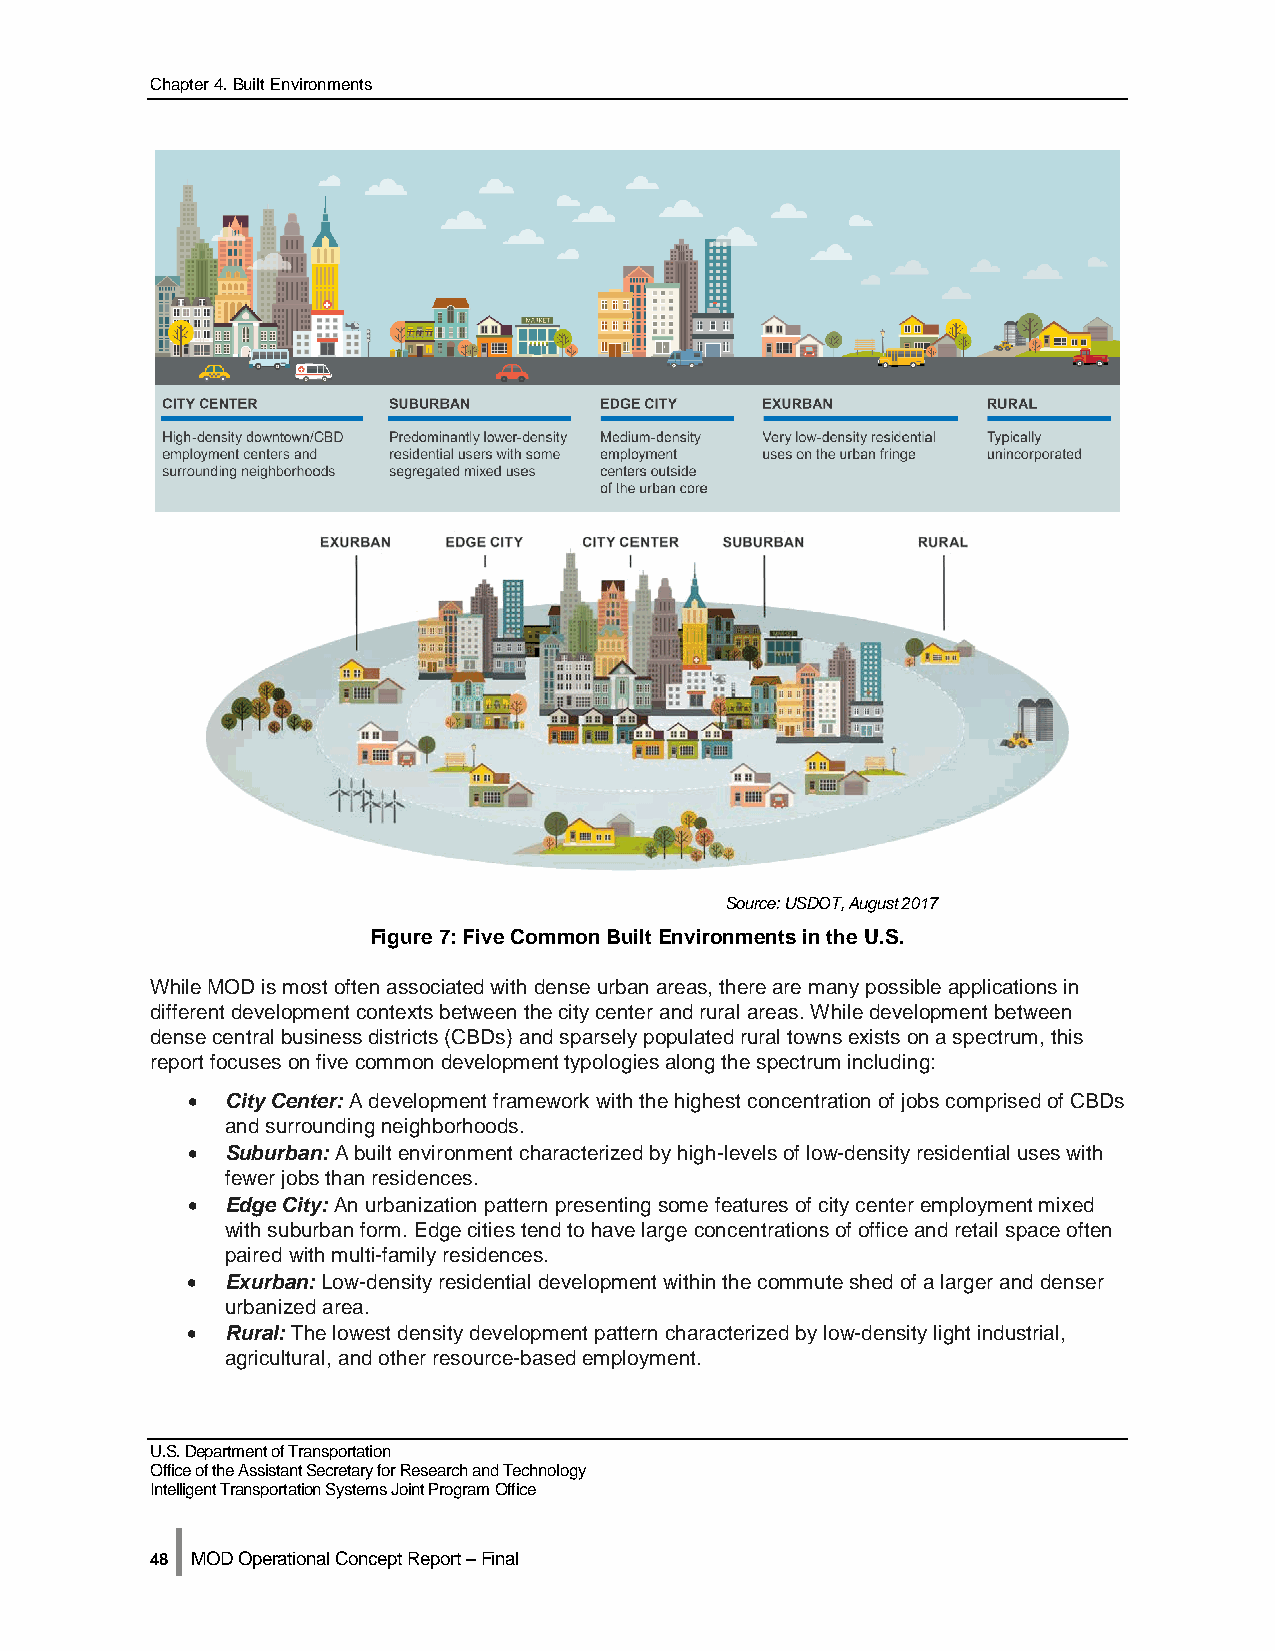
Chapter 4. Built Environments
 Source: USDOT, August 2017
 Figure 7: Five Common Built Environments in the U.S.
 While MOD is most often associated with dense urban areas, there are many possible applications in
 different development contexts between the city center and rural areas. While development between
 dense central business districts (CBDs) and sparsely populated rural towns exists on a spectrum, this
 report focuses on five common development typologies along the spectrum including:
 •  City Center: A development framework with the highest concentration of jobs comprised of CBDs
 and surrounding neighborhoods.
 •  Suburban: A built environment characterized by high-levels of low-density residential uses with
 fewer jobs than residences.
 •  Edge City: An urbanization pattern presenting some features of city center employment mixed
 with suburban form. Edge cities tend to have large concentrations of office and retail space often
 paired with multi-family residences.
 •  Exurban: Low-density residential development within the commute shed of a larger and denser
 urbanized area.
 •  Rural: The lowest density development pattern characterized by low-density light industrial,
 agricultural, and other resource-based employment.
 U.S. Department of Transportation
 Office of the Assistant Secretary for Research and Technology
 Intelligent Transportation Systems Joint Program Office
 |
 48 MOD Operational Concept Report – Final